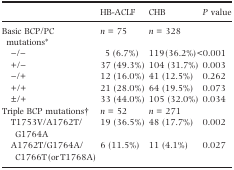
<table><thead><tr><td>[EMPTY_CELL]</td><td><b>HB-ACLF</b></td><td><b>CHB</b></td><td><b><i>P</i> value</b></td></tr></thead><tbody><tr><td>Basic BCP/PC mutations*</td><td><i>n</i> = 75</td><td><i>n</i> = 328</td><td>[EMPTY_CELL]</td></tr><tr><td>−/−</td><td>5 (6.7%)</td><td>119 (36.2%)</td><td>&lt;0.001</td></tr><tr><td>+/−</td><td>37 (49.3%)</td><td>104 (31.7%)</td><td>0.003</td></tr><tr><td>−/+</td><td>12 (16.0%)</td><td>41 (12.5%)</td><td>0.262</td></tr><tr><td>+/+</td><td>21 (28.0%)</td><td>64 (19.5%)</td><td>0.073</td></tr><tr><td>±/+</td><td>33 (44.0%)</td><td>105 (32.0%)</td><td>0.034</td></tr><tr><td>Triple BCP mutations†</td><td><i>n</i> = 52</td><td><i>n</i> = 271</td><td>[EMPTY_CELL]</td></tr><tr><td>T1753V/A1762T/G1764A</td><td>19 (36.5%)</td><td>48 (17.7%)</td><td>0.002</td></tr><tr><td>A1762T/G1764A/C1766T (or T1768A)</td><td>6 (11.5%)</td><td>11 (4.1%)</td><td>0.027</td></tr></tbody></table>